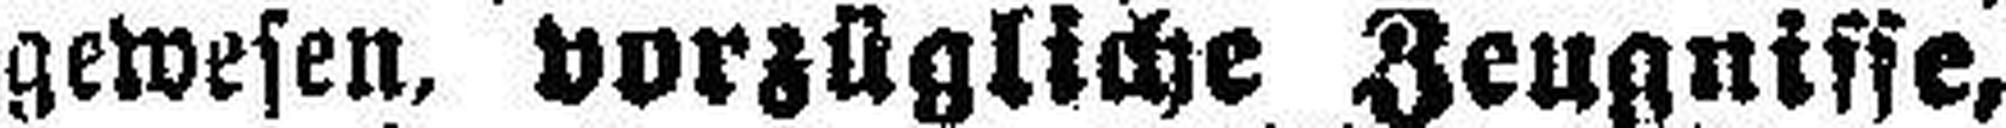
gewesen, vorzügliche Zeugnisse,